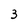
Character: 3